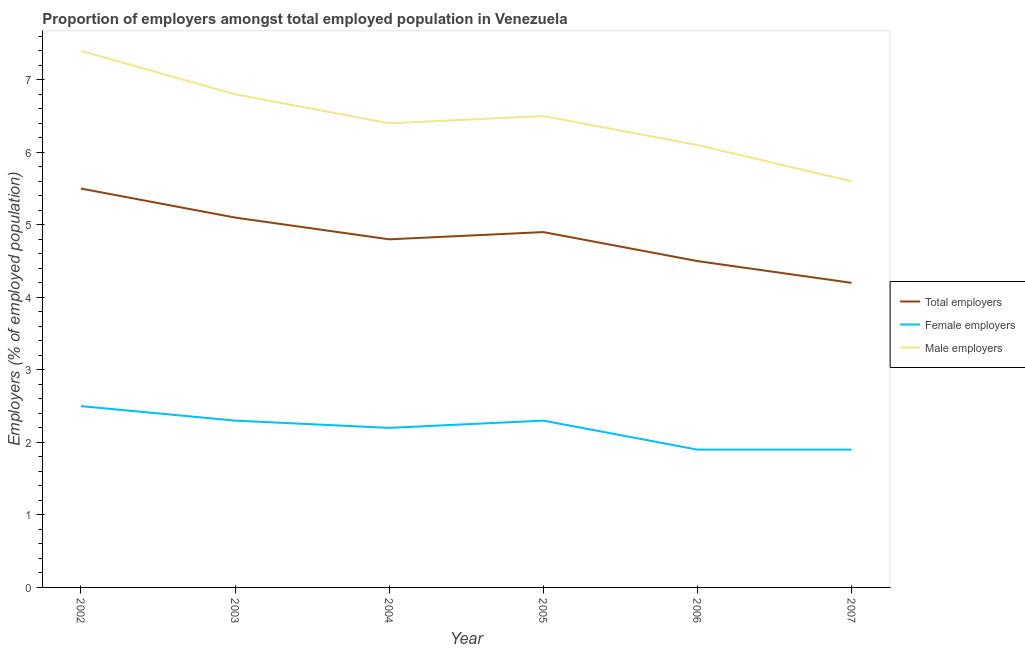
| Year | Total employers | Female employers | Male employers |
 | --- | --- | --- | --- |
 | 2002 | 5.5 | 2.5 | 7.4 |
 | 2003 | 5.1 | 2.3 | 6.8 |
 | 2004 | 4.8 | 2.2 | 6.4 |
 | 2005 | 4.9 | 2.3 | 6.5 |
 | 2006 | 4.5 | 1.9 | 6.1 |
 | 2007 | 4.2 | 1.9 | 5.6 |